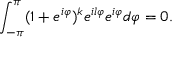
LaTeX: \int _ { - \pi } ^ { \pi } ( 1 + e ^ { i \varphi } ) ^ { k } e ^ { i l \varphi } e ^ { i \varphi } d \varphi = 0 .